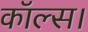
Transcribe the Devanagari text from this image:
कॉल्‍स।